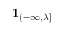
\mathbf { 1 } _ { ( - \infty , \lambda ] }